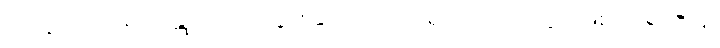
သုတွာ၊ ကြား၍။ ဂန္တုကာမာ၊ သွားခြင်းငှာအလိုရှိသည်။ ဟုတွာ၊ ဖြစ်၍။ ရာဇာနံ၊